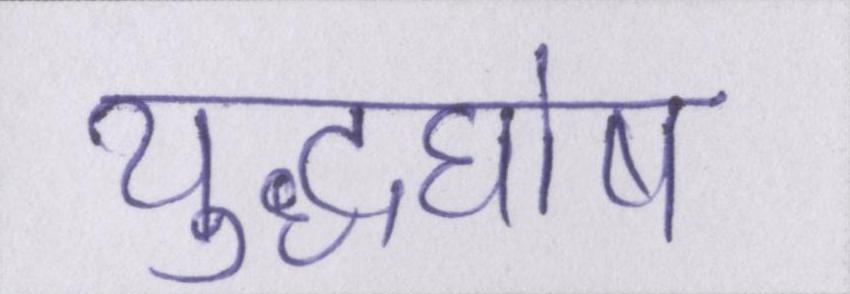
युद्धघोष